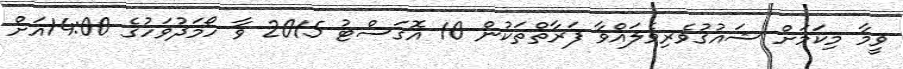
ވީމާ މިކަމަށް ޝައުޤުވެރިވެލައްވާ ފަރާތްތަކުން 10 އޮގަސްޓު 2015 ވާ ހޯމަދުވަހުގެ 14:00އަށް